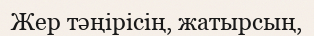
Жер тәңірісің, жатырсың,